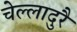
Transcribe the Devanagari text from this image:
चेल्लादुरै